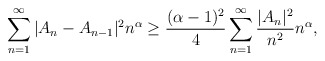
\begin{align*}{}\displaystyle\sum_{n=1}^{\infty}|A_{n}-A_{n-1}|^{2}{n}^{\alpha}&\geq \frac{(\alpha-1)^2}{4}\sum_{n=1}^{\infty}\frac{|A_{n}|^{2}}{n^2}{n}^{\alpha},\end{align*}